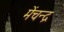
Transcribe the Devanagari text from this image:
मेंचन्द्र